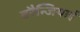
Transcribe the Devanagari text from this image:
वरैन्जियाई